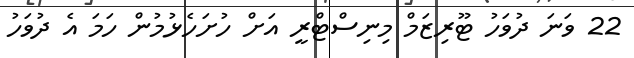
22 ވަނަ ދުވަހު ޓޫރިޒަމް މިނިސްޓްރީ އަށް ހުށަހެޅުމުން ހަމަ އެ ދުވަހު